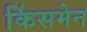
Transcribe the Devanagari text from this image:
किंसमेन